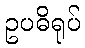
ဥပဓိရုပ်